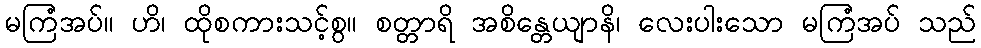
မကြံအပ်။ ဟိ၊ ထိုစကားသင့်စွ။ စတ္တာရိ အစိန္တေယျာနိ၊ လေးပါးသော မကြံအပ် သည်